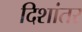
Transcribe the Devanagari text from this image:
दिशांतर